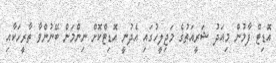
އޮޑިޓް ފާމުން މިއަދު ޝަރީއަތުގެ މަޖިލީހުގައި އެދުނީ އޮޑިޓްކޮށް ނިންމަން ބޭނުންވާ ތާރީހަކާއި